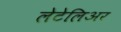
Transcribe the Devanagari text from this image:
लेटेलिअर